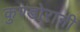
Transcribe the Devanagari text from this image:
कुण्‍डोरानी